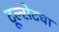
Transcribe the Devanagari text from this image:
टूल्सेटचा